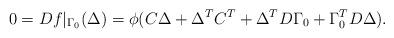
LaTeX: \begin{align*} 0 = Df|_{\Gamma_0}(\Delta) = \phi(C \Delta+ \Delta^T C^T + \Delta^T D \Gamma_0 + \Gamma_0^T D\Delta).\end{align*}